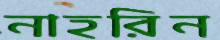
নাহরিন